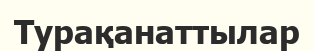
Турақанаттылар